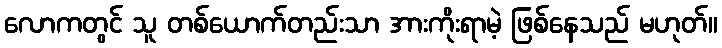
လောကတွင် သူ တစ်ယောက်တည်းသာ အားကိုးရာမဲ့ ဖြစ်နေသည် မဟုတ်။